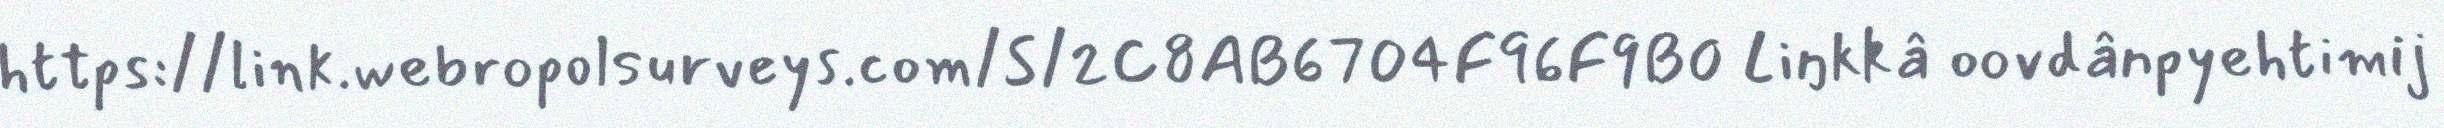
https://link.webropolsurveys.com/S/2C8AB6704F96F9B0 Liŋkkâ oovdânpyehtimij